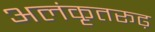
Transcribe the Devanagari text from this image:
अलंकृतरूढ़